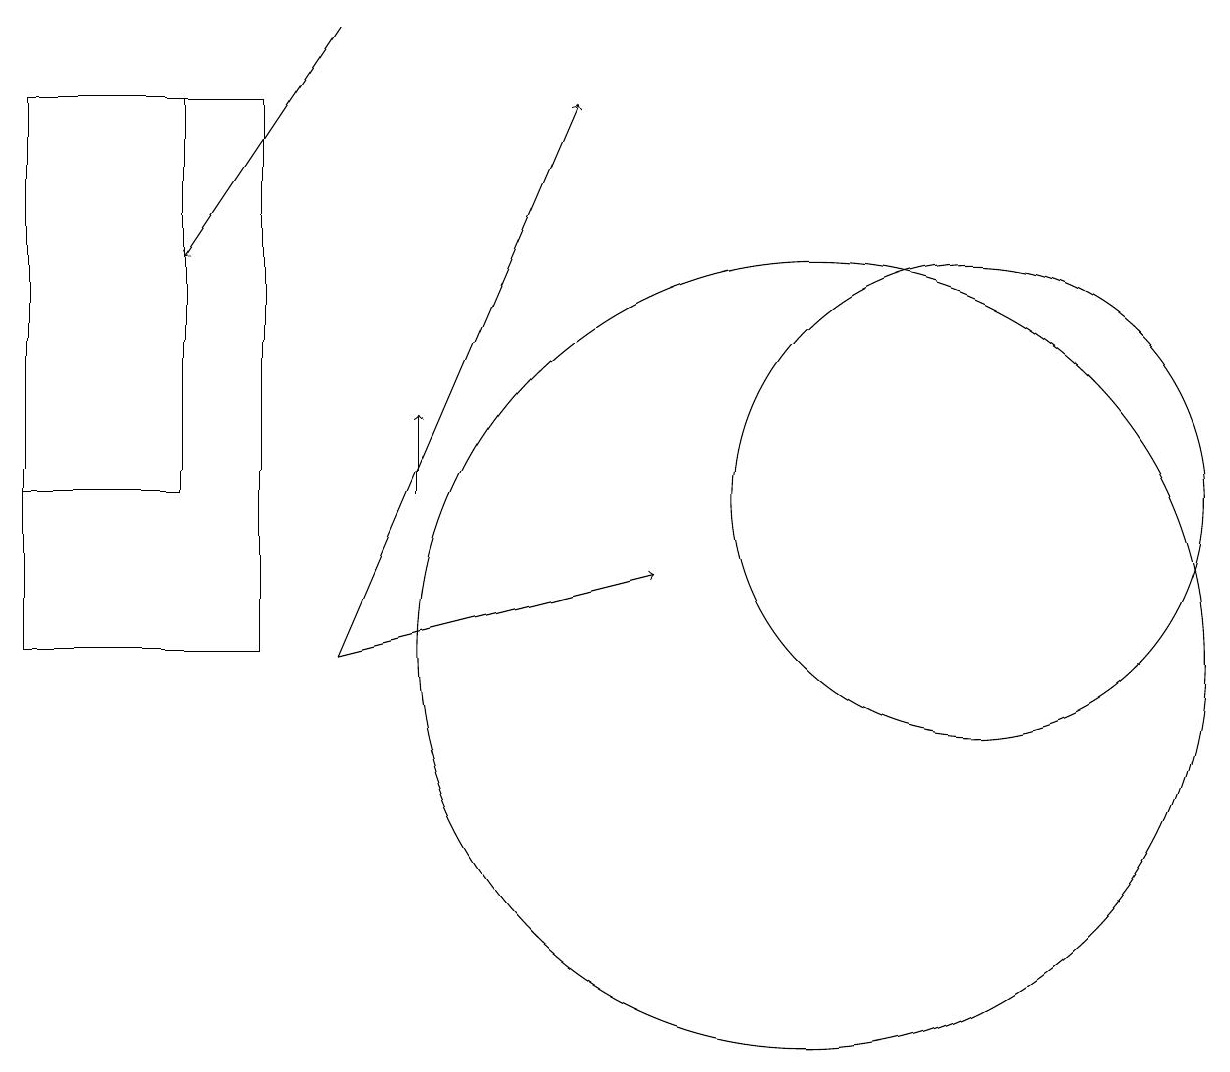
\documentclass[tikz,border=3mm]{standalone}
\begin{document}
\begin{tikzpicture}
\draw[->] (4,10) -- (7,17);
\draw[->] (5,12) -- (5,13);
\draw[->] (4,18) -- (2,15);
\draw (3,10) rectangle (0,17);
\draw (2,17) rectangle (0,12);
\draw[->] (4,10) -- (8,11);
\draw (12,12) circle (3);
\draw (10,10) circle (5);
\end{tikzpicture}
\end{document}